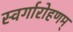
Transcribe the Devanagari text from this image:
स्वर्गारोहणम्